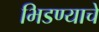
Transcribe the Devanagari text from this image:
भिडण्याचे